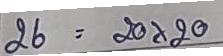
26 = 20 x 20